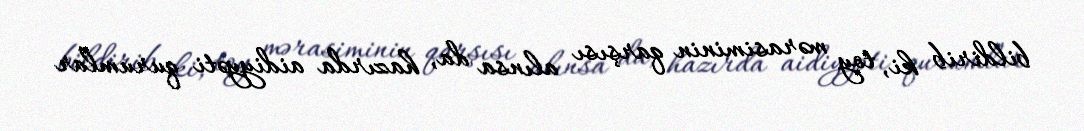
bildirib ki, toy mərasiminin qarşısı alınsa da, hazırda aidiyyəti qurumlar